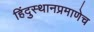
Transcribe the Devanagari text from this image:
हिंदुस्थानप्रमाणेच